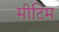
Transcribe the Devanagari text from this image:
मीटिंम